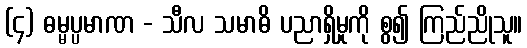
(၄) ဓမ္မပ္ပမာဏ - သီလ သမာဓိ ပညာရှိမှုကို စွ၍ ကြည်ညိုသူ။